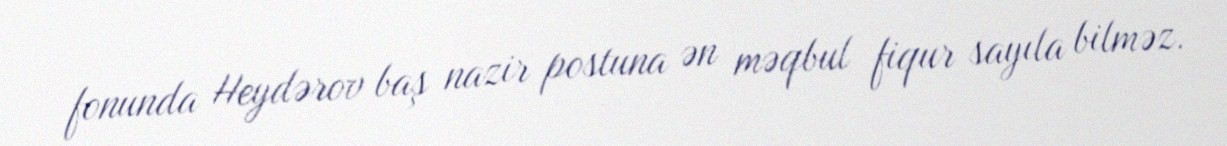
fonunda Heydərov baş nazir postuna ən məqbul fiqur sayıla bilməz.